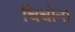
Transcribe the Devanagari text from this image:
चिचोना